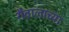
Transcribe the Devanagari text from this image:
शैवालाच्या